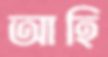
আহি